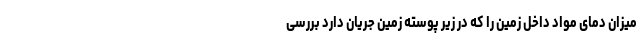
میزان دمای مواد داخل زمین را که در زیر پوسته‌ زمین جریان دارد بررسی